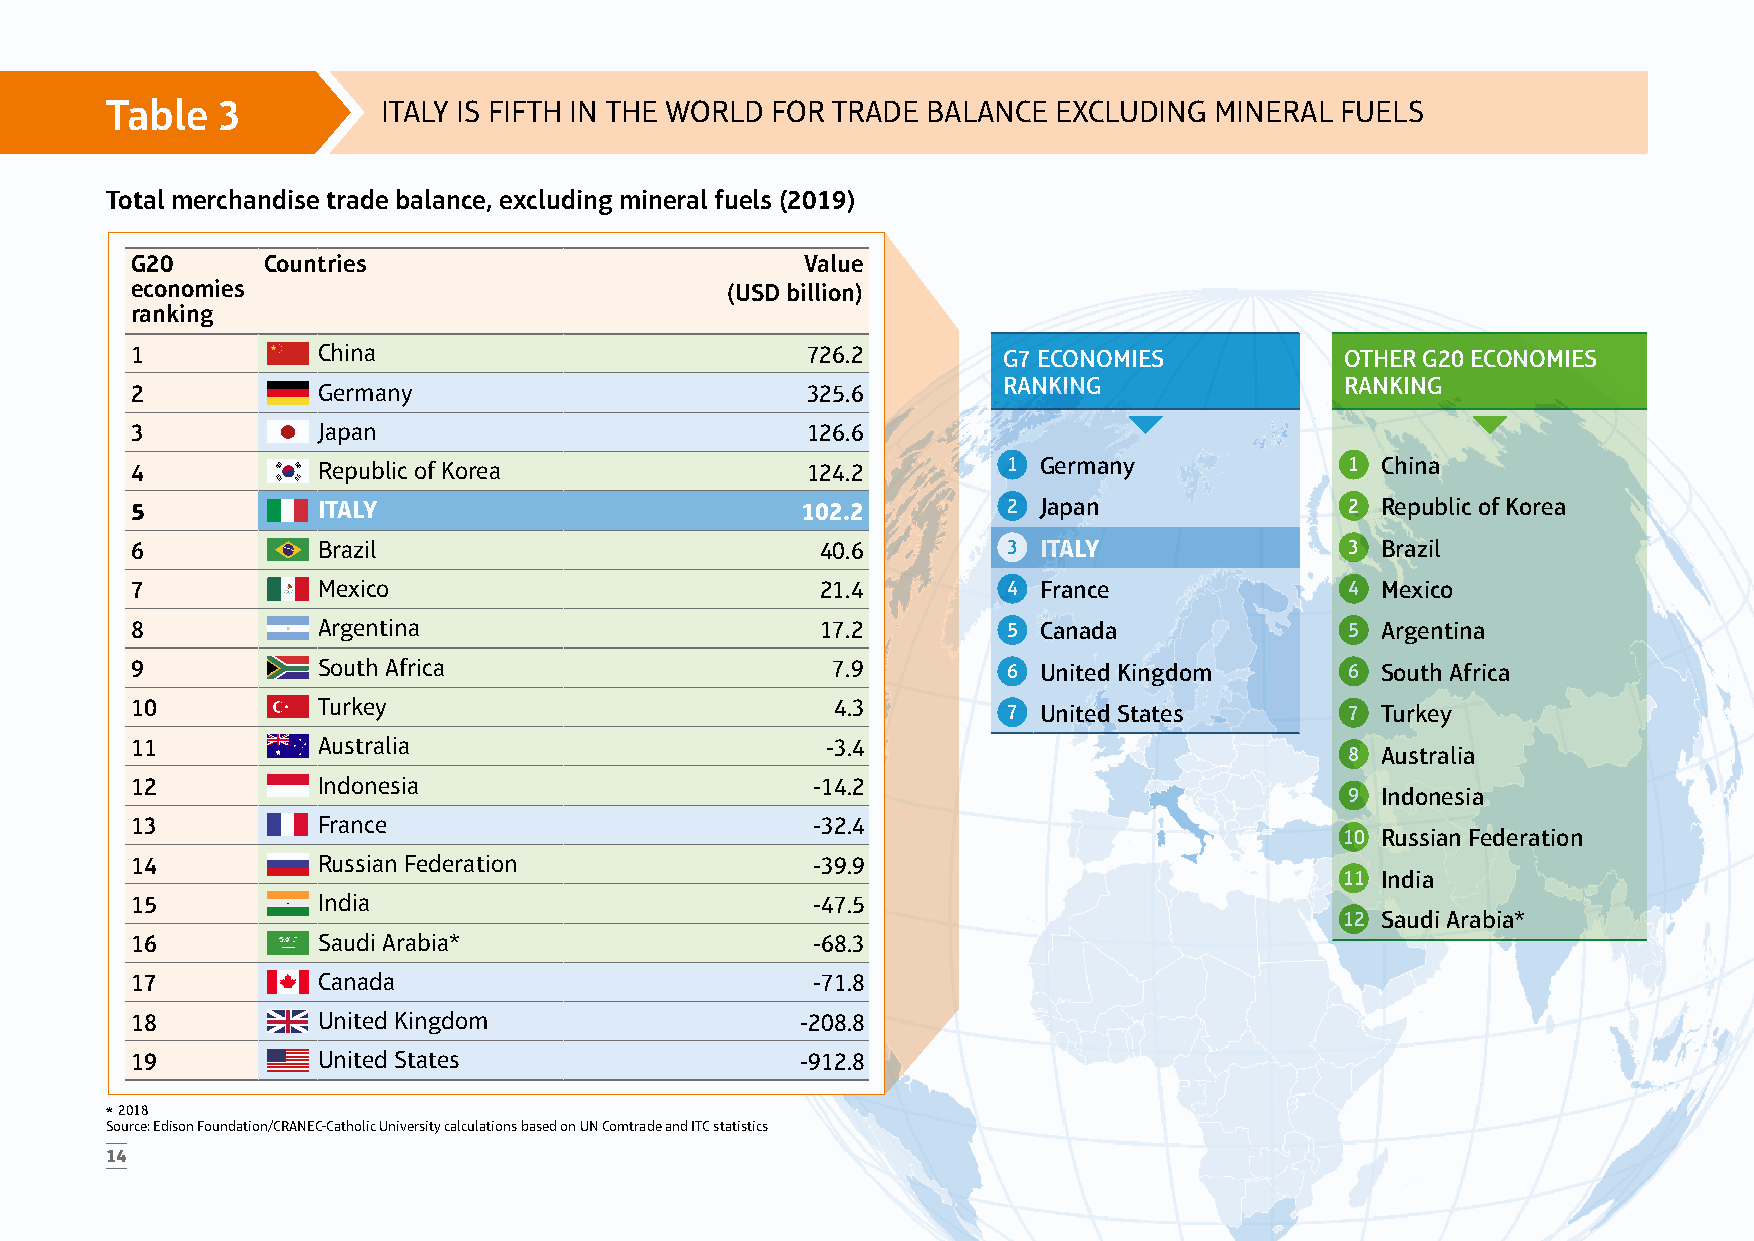
Table  3          ITALY IS FIFTH IN THE WORLD FOR TRADE BALANCE EXCLUDING MINERAL FUELS
 Total merchandise trade balance, excluding mineral fuels (2019)
 G20     Countries                           Value
 economies                              (USD billion)
 ranking
 1           China                           726.2        G7 ECONOMIES           OTHER G20 ECONOMIES
 RANKING                RANKING
 2           Germany                         325.6
 3           Japan                           126.6
 4           Republic of Korea               124.2         1 Germany             1 China
 5           ITALY                           102.2         2 Japan               2 Republic of Korea
 6           Brazil                           40.6         3 ITALY               3 Brazil
 7           Mexico                           21.4         4 France              4 Mexico
 8           Argentina                        17.2         5 Canada              5 Argentina
 9           South Africa                      7.9         6 United Kingdom      6 South Africa
 10          Turkey                            4.3         7 United States       7 Turkey
 11          Australia                         -3.4
 8 Australia
 12          Indonesia                        -14.2
 9 Indonesia
 13          France                           -32.4
 10 Russian Federation
 14          Russian Federation               -39.9
 11 India
 15          India                            -47.5
 12 Saudi Arabia*
 16          Saudi Arabia*                    -68.3
 17          Canada                           -71.8
 18          United Kingdom                  -208.8
 19          United States                   -912.8
 * 2018
 Source: Edison Foundation/CRANEC-Catholic University calculations based on UN Comtrade and ITC statistics
 14